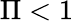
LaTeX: \Pi<1